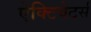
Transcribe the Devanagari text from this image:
ऐक्टिवेटर्स